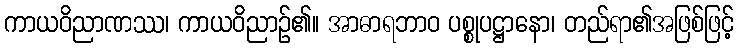
ကာယဝိညာဏဿ၊ ကာယဝိညာဉ်၏။ အာဓာရဘာဝ ပစ္စုပဋ္ဌာနော၊ တည်ရာ၏အဖြစ်ဖြင့်